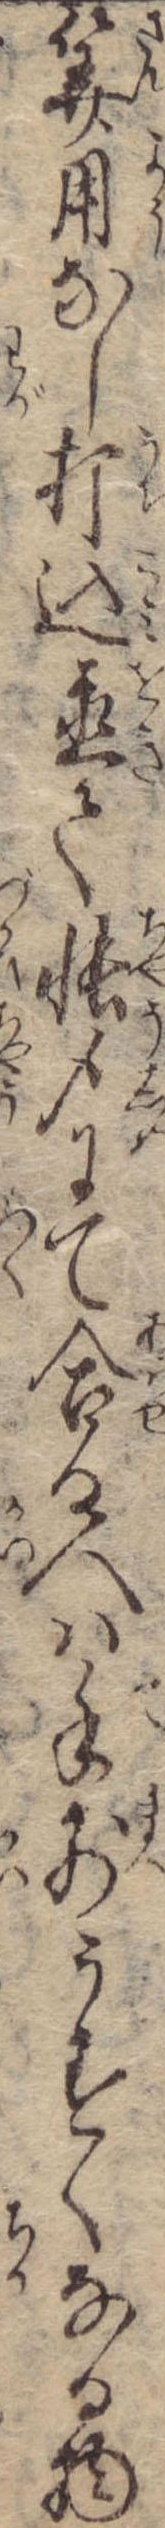
算用なし打込置て帳〆にて合る人は手前うすくなる物